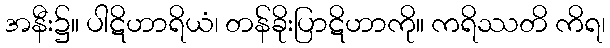
အနီး၌။ ပါဋိဟာရိယံ၊ တန်ခိုးပြာဋိဟာကို။ ကရိဿတိ ကိရ၊